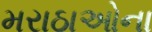
મરાઠાઓના